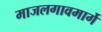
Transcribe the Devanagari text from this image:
माजलगावमार्गे